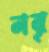
নর্